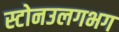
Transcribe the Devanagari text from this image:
स्टोनउलगभग